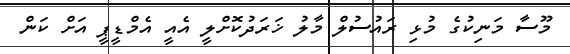
މޫސާ މަނިކުގެ މުޅި ރައުސުލް މާލު ޚަރަދުކޮށްލީ އެއީ އެމްޑީޕީ އަށް ކަން